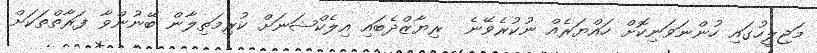
މަޖިލީހުގައި ހުންނަވަނިކޮށް ހައްޔަރެއް ނުކުރެވޭނެ  ރިޔާޒްދެބައި އިލެކްޝަނަށް ކުރިމަތިލާން ބޭނުންވާ ފަރާތްތަކަށް